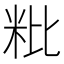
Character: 粃